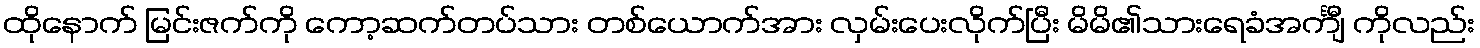
ထိုနောက် မြင်းဇက်ကို ကော့ဆက်တပ်သား တစ်ယောက်အား လှမ်းပေးလိုက်ပြီး မိမိ၏သားရေခံအင်္ကျီ ကိုလည်း